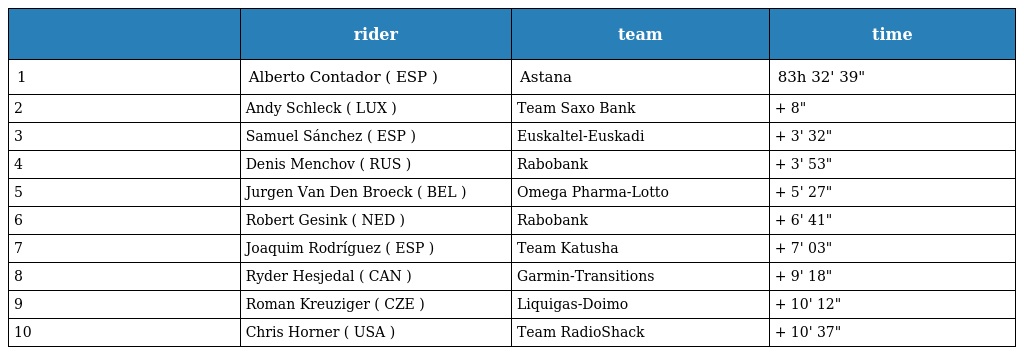
|  | rider | team | time |
 | --- | --- | --- | --- |
 | 1 | Alberto Contador ( ESP ) | Astana | 83h 32' 39" |
 | 2 | Andy Schleck ( LUX ) | Team Saxo Bank | + 8" |
 | 3 | Samuel Sánchez ( ESP ) | Euskaltel-Euskadi | + 3' 32" |
 | 4 | Denis Menchov ( RUS ) | Rabobank | + 3' 53" |
 | 5 | Jurgen Van Den Broeck ( BEL ) | Omega Pharma-Lotto | + 5' 27" |
 | 6 | Robert Gesink ( NED ) | Rabobank | + 6' 41" |
 | 7 | Joaquim Rodríguez ( ESP ) | Team Katusha | + 7' 03" |
 | 8 | Ryder Hesjedal ( CAN ) | Garmin-Transitions | + 9' 18" |
 | 9 | Roman Kreuziger ( CZE ) | Liquigas-Doimo | + 10' 12" |
 | 10 | Chris Horner ( USA ) | Team RadioShack | + 10' 37" |